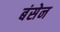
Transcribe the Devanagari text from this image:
बंसेन